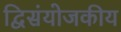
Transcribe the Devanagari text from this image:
द्विसंयोजकीय